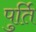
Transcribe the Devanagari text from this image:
पुर्ति